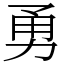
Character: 勇